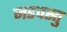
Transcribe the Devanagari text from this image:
जडवस्तु